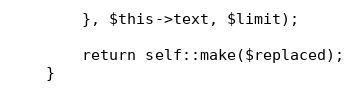
Language: PHP
        }, $this->text, $limit);

        return self::make($replaced);
    }